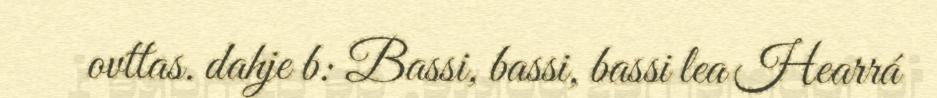
ovttas. dahje b: Bassi, bassi, bassi lea Hearrá